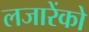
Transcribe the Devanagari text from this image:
लजारेंको